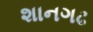
શાનગઢ